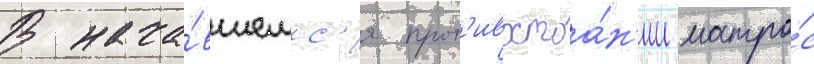
В нача́вшемс'я прот'ивостоа́н'ии матро́с